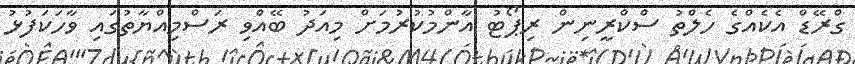
ގްރޭޑް އެކެއްގެ ހެލްތު ސްކްރީނިން ރިޕޯޓު އާންމުކުރުމަށް މިއަދު ބޭއްވި ރަސްމިއްޔާތުގައި ވާހަކަފުޅު